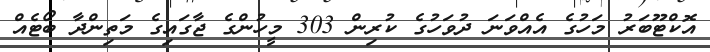
އޮކްޓޫބަރު މަހުގެ އެއްވަނަ ދުވަހުގެ ކުރިން 303 މީހުންގެ ޖާގައިގެ މަތިންދާ ބޯޓެއް